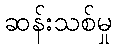
ဆန်းသစ်မှု